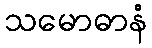
သမောဓာနံ